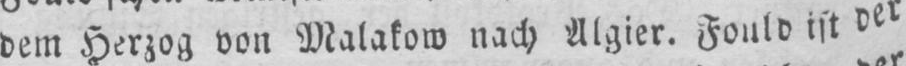
dem Herzog von Malakow nach Algier. Fould ist der